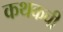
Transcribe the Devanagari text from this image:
कथकची